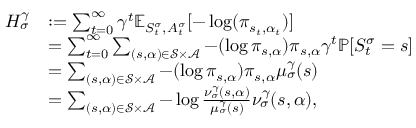
\begin{array} { r l } { H _ { \sigma } ^ { \gamma } } & { : = \sum _ { t = 0 } ^ { \infty } \gamma ^ { t } \mathbb { E } _ { S _ { t } ^ { \sigma } , A _ { t } ^ { \sigma } } [ - \log ( \pi _ { s _ { t } , \alpha _ { t } } ) ] } \\ & { = \sum _ { t = 0 } ^ { \infty } \sum _ { ( s , \alpha ) \in \mathcal { S } \times \mathcal { A } } - ( \log \pi _ { s , \alpha } ) \pi _ { s , \alpha } \gamma ^ { t } \mathbb { P } [ S _ { t } ^ { \sigma } = s ] } \\ & { = \sum _ { ( s , \alpha ) \in \mathcal { S } \times \mathcal { A } } - ( \log \pi _ { s , \alpha } ) \pi _ { s , \alpha } \mu _ { \sigma } ^ { \gamma } ( s ) } \\ & { = \sum _ { ( s , \alpha ) \in \mathcal { S } \times \mathcal { A } } - \log \frac { \nu _ { \sigma } ^ { \gamma } ( s , \alpha ) } { \mu _ { \sigma } ^ { \gamma } ( s ) } \nu _ { \sigma } ^ { \gamma } ( s , \alpha ) , } \end{array}